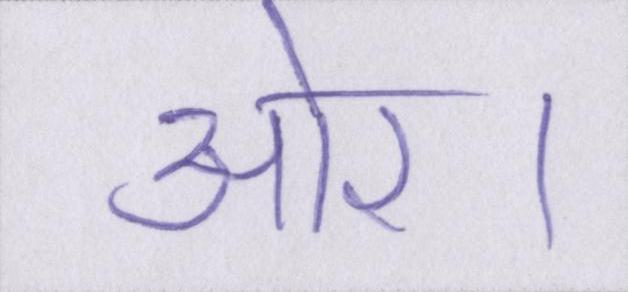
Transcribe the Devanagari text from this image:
ओर।